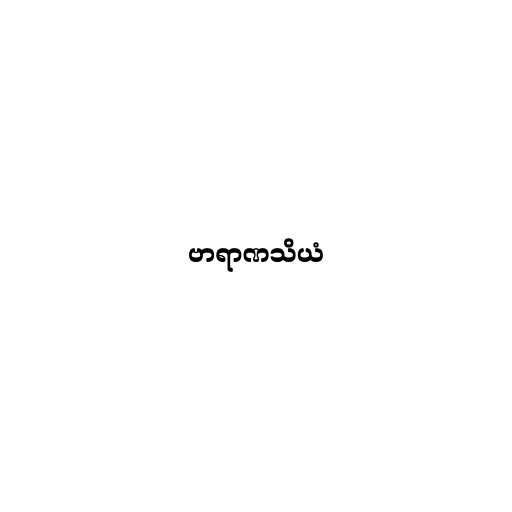
ဗာရာဏသိယံ